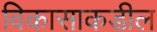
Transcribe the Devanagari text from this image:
विकासाकडील